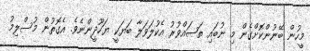
މީހުން ބޭނުންކޮށްގެން މި ނުބައި ތަޞައްވުރު އެކުލަވަލާ ބަޔަކީ ޔަހޫދީންނެވެ. އެގޮތުން މުސްލިމު